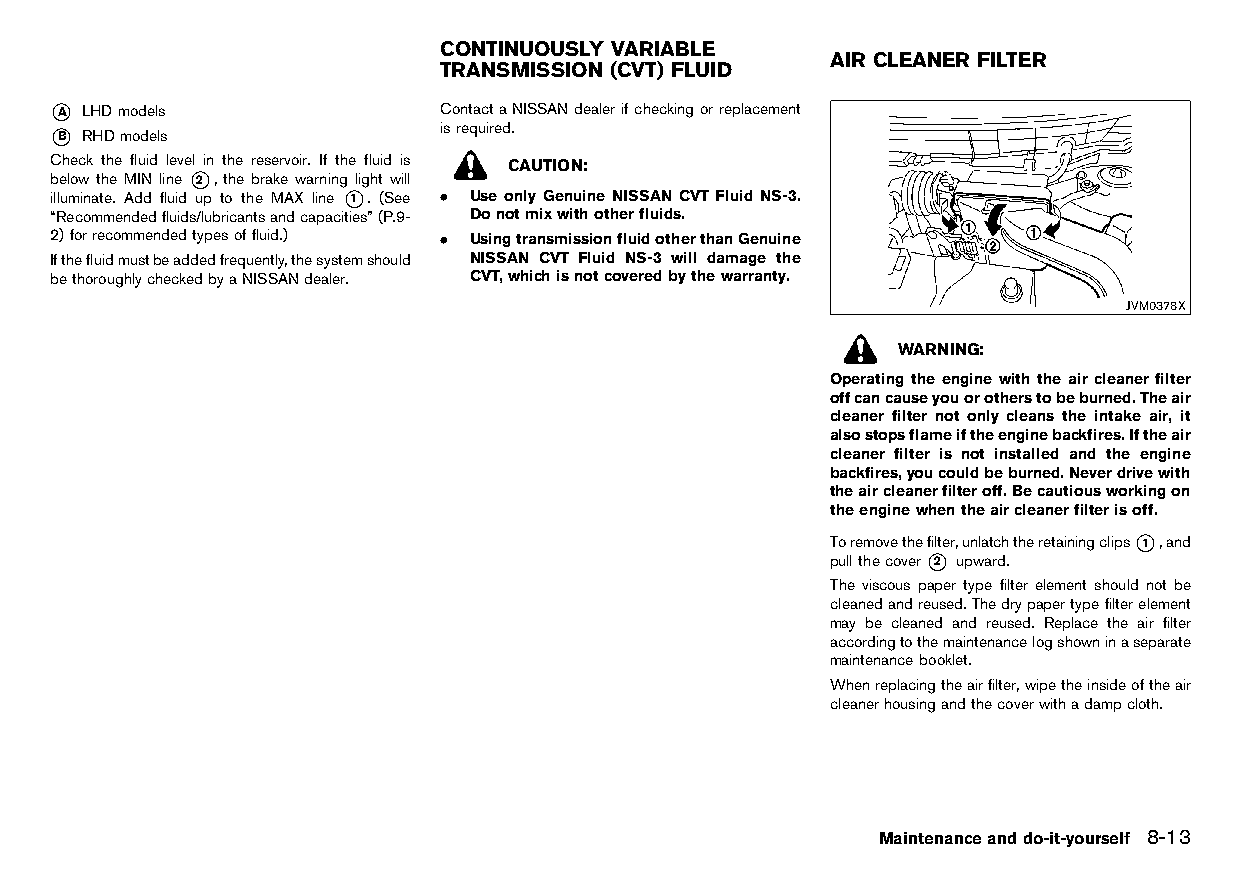
(253,1)
 CONTINUOUSLY VARIABLE
 AIR CLEANER FILTER
 TRANSMISSION (CVT) FLUID
 HT32A1-A09B9085-A503-4BD2-90B6-A9712DBC4699 HT32A1-D2355B7A-043F-4BB2-9663-01336EFEC28F
 *A LHDmodels              ContactaNISSANdealerifcheckingorreplacement
 *B RHDmodels              isrequired.
 Check the fluid level in the reservoir. If the fluid is CAUTION:
 below the MIN line *2 , the brake warning light will
 illuminate. Add fluid up to the MAX line *1 . (See . Use only Genuine NISSAN CVT Fluid NS-3.
 “Recommendedfluids/lubricantsandcapacities”(P.9- Donotmixwithotherfluids.
 2)forrecommendedtypesoffluid.) . UsingtransmissionfluidotherthanGenuine
 Ifthefluidmustbeaddedfrequently,thesystemshould NISSAN CVT Fluid NS-3 will damage the
 bethoroughlycheckedbyaNISSANdealer. CVT,whichisnotcoveredbythewarranty.
 JVM0378X
 WARNING:
 Operating the engine with the air cleaner filter
 offcancauseyouorotherstobeburned.Theair
 cleaner filter not only cleans the intake air, it
 alsostopsflameiftheenginebackfires.Iftheair
 cleaner filter is not installed and the engine
 backfires,youcouldbeburned.Neverdrivewith
 theaircleanerfilteroff.Becautiousworkingon
 theenginewhentheaircleanerfilterisoff.
 Toremovethefilter,unlatchtheretainingclips*1 ,and
 pullthecover*2 upward.
 The viscous paper type filter element should not be
 cleanedandreused.Thedrypapertypefilterelement
 may be cleaned and reused. Replace the air filter
 accordingtothemaintenancelogshowninaseparate
 maintenancebooklet.
 Whenreplacingtheairfilter,wipetheinsideoftheair
 cleanerhousingandthecoverwithadampcloth.
 Maintenanceanddo-it-yourself 8-13
 Condition:                        [Edit:2015/8/24 Model: HT32-A]